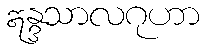
ဣန္ဒသာလဂုဟာ